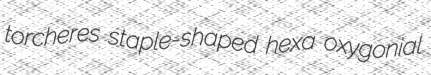
torcheres staple-shaped hexa oxygonial